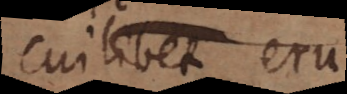
cuilibet eru